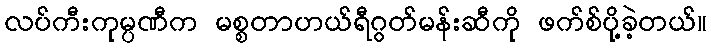
လပ်ကီးကုမ္ပဏီက မစ္စတာဟယ်ရီဂွတ်မန်းဆီကို ဖက်စ်ပို့ခဲ့တယ်။